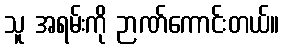
သူ အရမ်းကို ဉာဏ်ကောင်းတယ်။